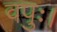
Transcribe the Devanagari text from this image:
वपुः।